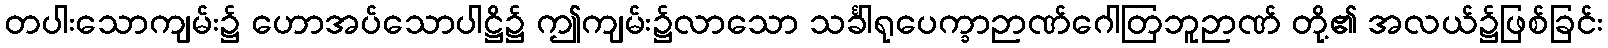
တပါးသောကျမ်း၌ ဟောအပ်သောပါဋ္ဌိ၌ ဤကျမ်း၌လာသော သင်္ခါရုပေက္ခာဉာဏ်ဂေါတြဘူဉာဏ် တို့၏ အလယ်၌ဖြစ်ခြင်း